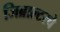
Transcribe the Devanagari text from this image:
जिब्राल्टरचे